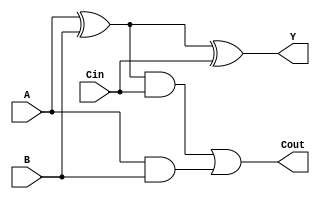
`timescale 1ns / 1ps

module full_adder(A,B,Cin,Y,Cout);
    input wire A,B,Cin;
    output wire Y,Cout;
    assign Y = A ^ B ^ Cin;
    assign Cout = ((A^B) & Cin) | (A & B);
endmodule